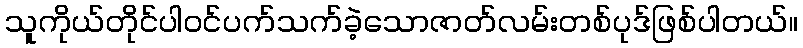
သူကိုယ်တိုင်ပါဝင်ပက်သက်ခဲ့သောဇာတ်လမ်းတစ်ပုဒ်ဖြစ်ပါတယ်။